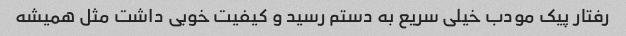
رفتار پیک مودب خیلی سریع به دستم رسید و کیفیت خوبی داشت مثل همیشه